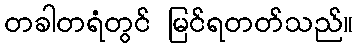
တခါတရံတွင် မြင်ရတတ်သည်။